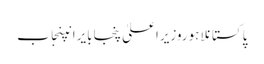
پاکستانلاہوروزیراعلیٰ پنجابایرانپنجاب